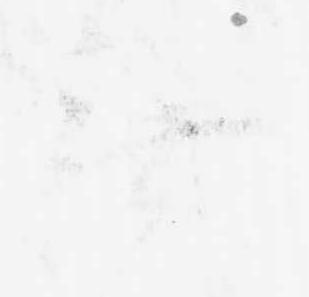
無